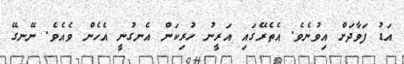
އަޑު ފަވާދަށް އިވުނެވެ. އެތެރޭގައި އަރީނު ހުރިކަން އެނގުނީ އެހެން ވެއެވެ. ނޭނގޭ